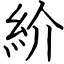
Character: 紒